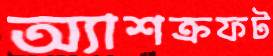
অ্যাশক্রফট